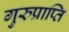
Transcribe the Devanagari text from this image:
गुरुप्राप्ति